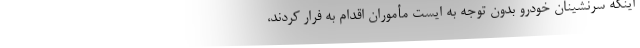
اینکه سرنشینان خودرو بدون توجه به ایست مأموران اقدام به فرار کردند،